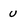
Character: u